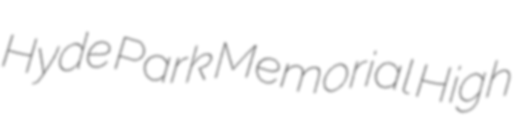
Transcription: Hyde Park Memorial High